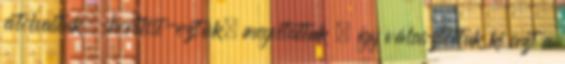
átolvastuk, shortlist-eztük, megvitattuk – így választottuk ki azt a